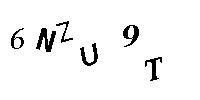
6NZU9T